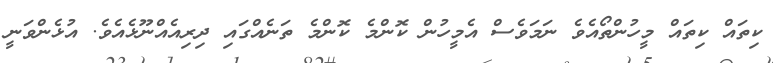
ކިތައް ކިތައް މީހުންތޯއެވެ ނަމަވެސް އެމީހުން ކޮންމެ ކޮންމެ ތަނެއްގައި ދިރިއެއްނޫޅެއެވެ. އުޅެންވަނީ